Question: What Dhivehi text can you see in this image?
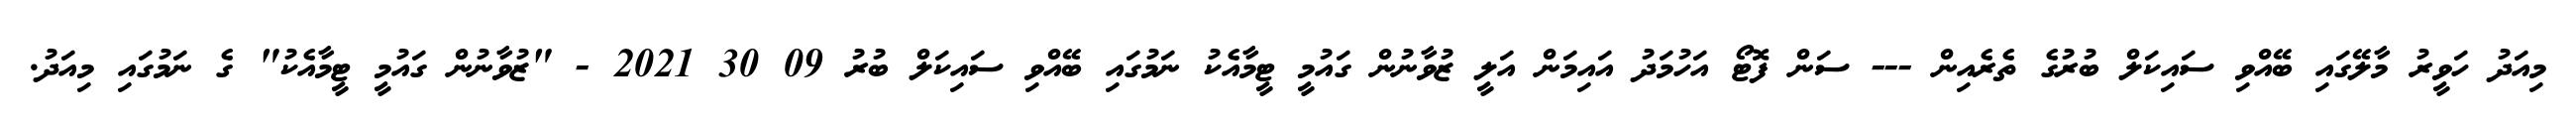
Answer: މިއަދު ހަވީރު މާލޭގައި ބޭއްވި ސައިކަލް ބުރުގެ ތެރެއިން --- ސަން ފޮޓޯ އަހުމަދު އައިމަން އަލީ ޒުވާނުން ގައުމީ ޓީމާއެކު ނަމުގައި ބޭއްވި ސައިކަލް ބުރު 09 30 2021 - "ޒުވާނުން ގައުމީ ޓީމާއެކު" ގެ ނަމުގައި މިއަދު.